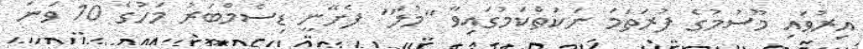
އިރުވައި މޫސުމުގެ ފުރަތަމަ ނަކަތްކަމުގައިވާ "މުލަ" ފެށޭނީ ޑިސެމްބަރު މަހުގެ 10 ވަނަ